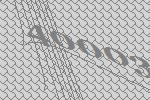
40003